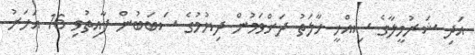
އަދި ޝަރުމީލާގެ ސިއްހީ ހާލަތު ދަށްވަމުން ދިޔުމުގެ ސަބަބުން ފާއިތުވި 16 އަހަރު